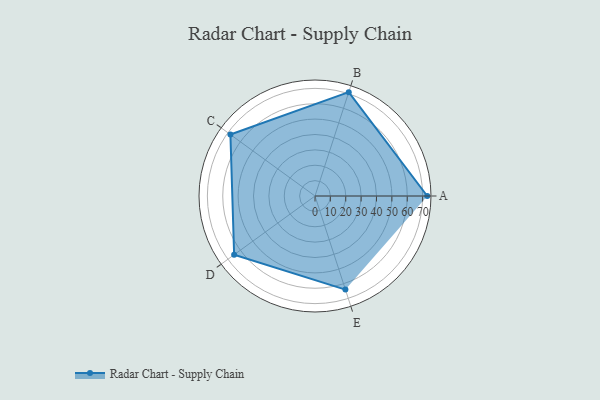
{"axis": {"x": "Skill", "y": "Score"}, "legend": ["Profile"], "data": [{"x": "A", "y": 73.0, "type": "Profile"}, {"x": "B", "y": 71.0, "type": "Profile"}, {"x": "C", "y": 68.0, "type": "Profile"}, {"x": "D", "y": 65.0, "type": "Profile"}, {"x": "E", "y": 64.0, "type": "Profile"}]}